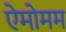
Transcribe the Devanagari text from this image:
ऐमोमम